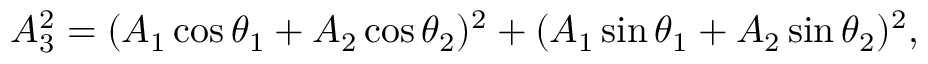
A _ { 3 } ^ { 2 } = ( A _ { 1 } \cos \theta _ { 1 } + A _ { 2 } \cos \theta _ { 2 } ) ^ { 2 } + ( A _ { 1 } \sin \theta _ { 1 } + A _ { 2 } \sin \theta _ { 2 } ) ^ { 2 } ,